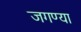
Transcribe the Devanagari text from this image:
जगण्या